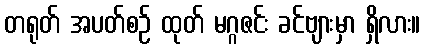
တရုတ် အပတ်စဉ် ထုတ် မဂ္ဂဇင်း ခင်ဗျားမှာ ရှိလား။